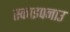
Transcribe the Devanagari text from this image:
स्काइपनाउ